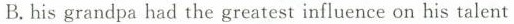
B.his grandpa had the greatest influence on his talent